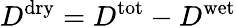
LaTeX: D^{\mathrm{dry}}=D^{\mathrm{tot}}-D^{\mathrm{wet}}